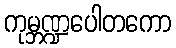
ကုမ္ဘဏ္ဍပေါတကော